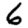
Digit: 6